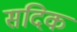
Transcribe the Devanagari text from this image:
सदिक